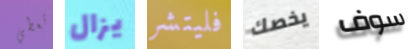
تعطي يزال فليتشر يخصك سوف